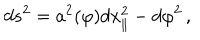
d s ^ { 2 } = a ^ { 2 } ( \varphi ) d x _ { \parallel } ^ { 2 } - d \varphi ^ { 2 } \, ,